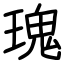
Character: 瑰